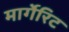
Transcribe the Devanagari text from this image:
मार्गेरिट